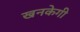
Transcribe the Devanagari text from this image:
खनकेगी